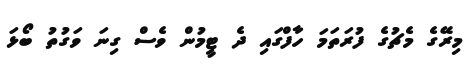
މިރޭގެ މެޗުގެ ފުރަތަމަ ހާފްގައި ދެ ޓީމުން ވެސް ގިނަ ވަގުތު ބޯޅަ